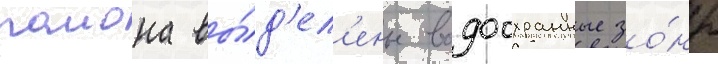
раиона вы́д'ел'ены водоохранные зо́ны